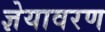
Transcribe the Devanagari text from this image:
ज्ञेयावरण